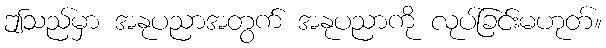
ဤသည်မှာ အနုပညာအတွက် အနုပညာကို လုပ်ခြင်းမဟုတ်။